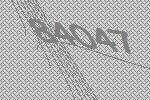
84047